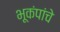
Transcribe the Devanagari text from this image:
भूकंपांचे